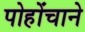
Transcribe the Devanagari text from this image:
पोहोंचाने